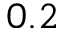
0 . 2